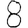
Digit: 8